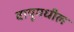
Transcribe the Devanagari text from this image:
वायूमधील